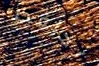
احافظ